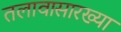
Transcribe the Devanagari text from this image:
तलावासारख्या